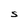
Character: S